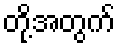
တို့အတွက်